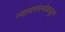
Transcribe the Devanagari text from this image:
न्यायसंस्थेकडून